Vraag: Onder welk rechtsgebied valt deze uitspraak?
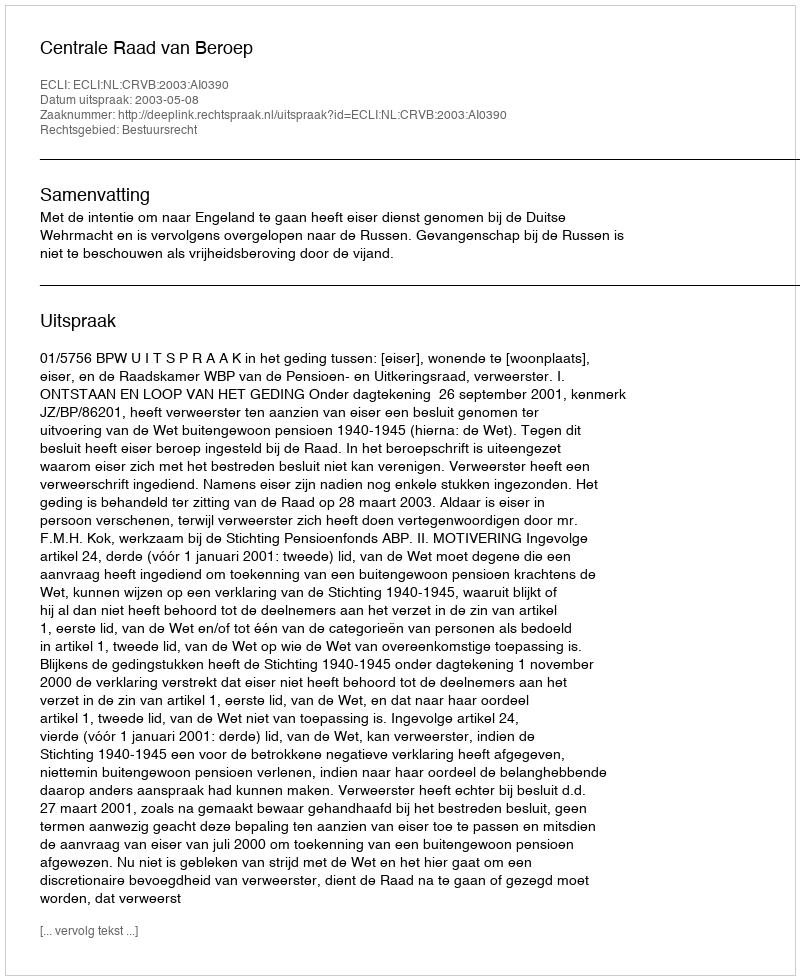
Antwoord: Bestuursrecht